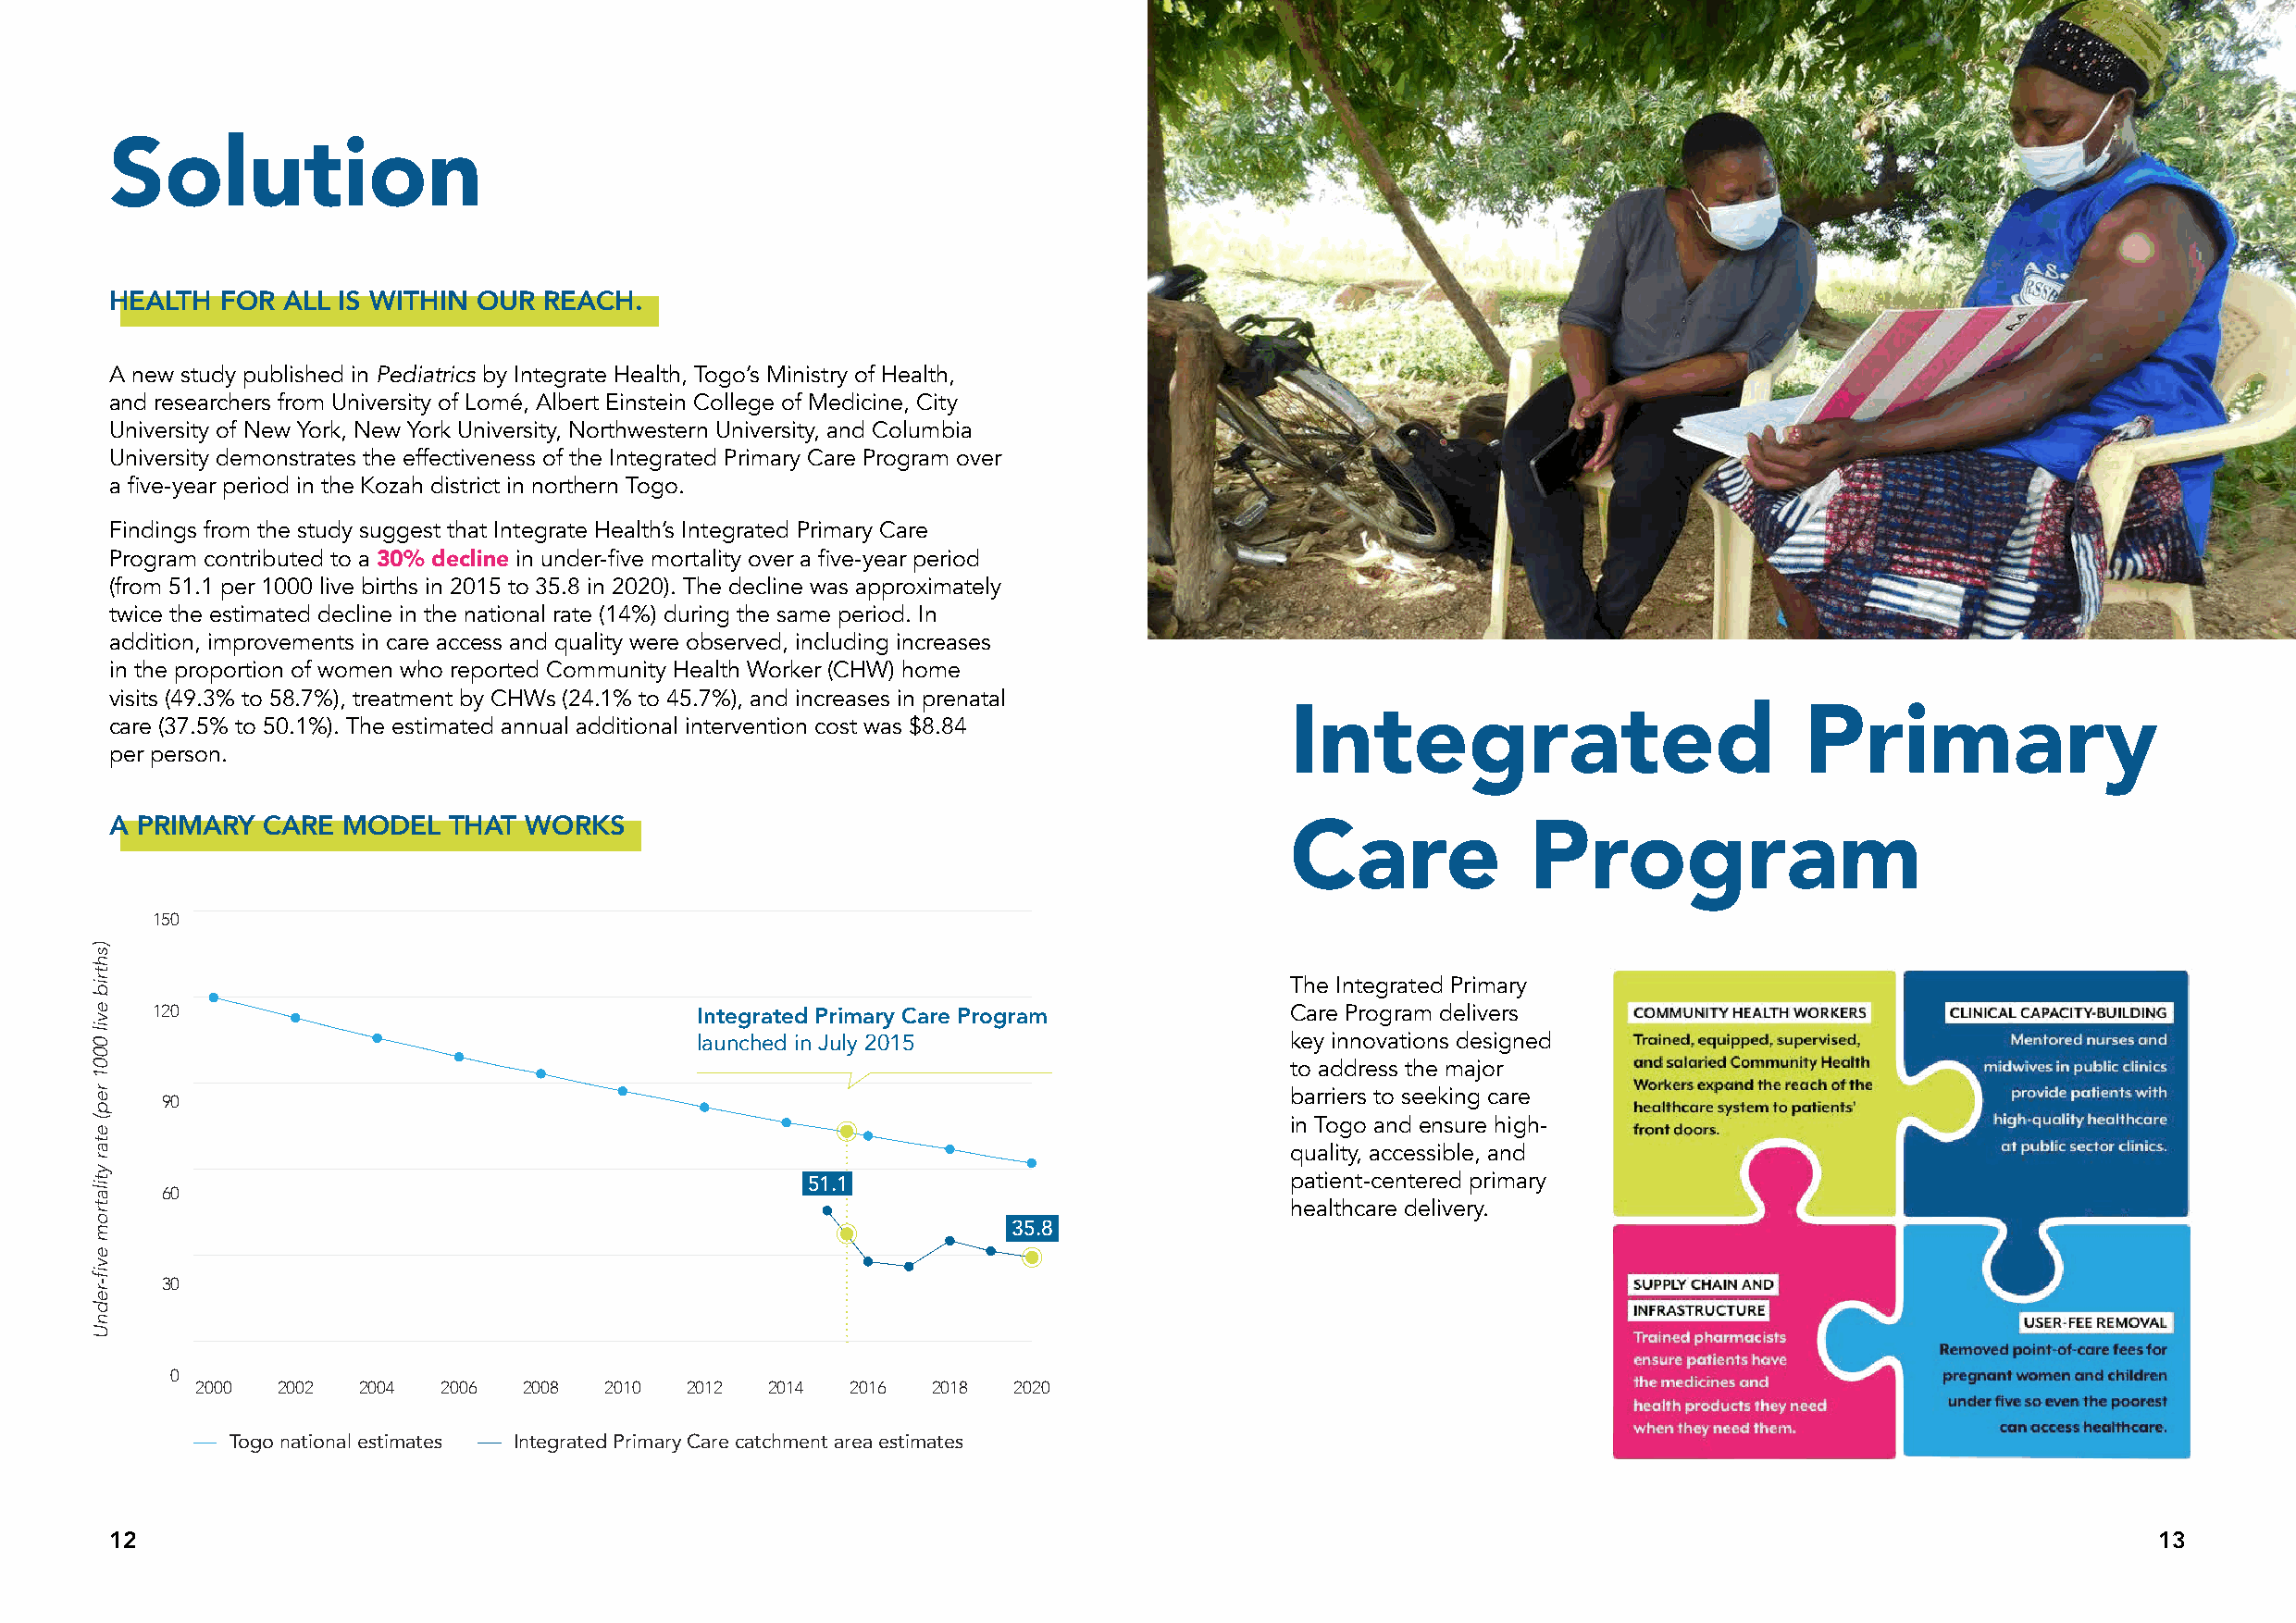
Solution
 HEALTH  FOR ALL IS WITHIN OUR  REACH.
 A new study published in Pediatrics by Integrate Health, Togo’s Ministry of Health,
 and researchers from University of Lomé, Albert Einstein College of Medicine, City
 University of New York, New York University, Northwestern University, and Columbia
 University demonstrates the effectiveness of the Integrated Primary Care Program over
 a five-year period in the Kozah district in northern Togo.
 Findings from the study suggest that Integrate Health’s Integrated Primary Care
 Program contributed to a 30% decline in under-five mortality over a five-year period
 (from 51.1 per 1000 live births in 2015 to 35.8 in 2020). The decline was approximately
 twice the estimated decline in the national rate (14%) during the same period. In
 addition, improvements in care access and quality were observed, including increases
 in the proportion of women who reported Community Health Worker (CHW) home
 visits (49.3% to 58.7%), treatment by CHWs (24.1% to 45.7%), and increases in prenatal
 care (37.5% to 50.1%). The estimated annual additional intervention cost was $8.84  Integrated                           Primary
 per person.
 A PRIMARY  CARE  MODEL  THAT  WORKS
 Care             Program
 150
 The Integrated Primary
 120                                                                              Care Program delivers
 Integrated Primary Care Program
 launched in July 2015                     key innovations designed
 to address the major
 barriers to seeking care
 90
 in Togo and ensure high-
 quality, accessible, and
 patient-centered primary
 51.1
 60
 healthcare delivery.
 35.8
 30
 0
 2000  2002  2004  2006 2008  2010  2012  2014  2016  2018 2020
 Togo national estimates Integrated Primary Care catchment area estimates
 12                                                                                                                                                13
 )shtrib
 evil
 0001
 rep(
 etar
 ytilatrom
 evif-rednU